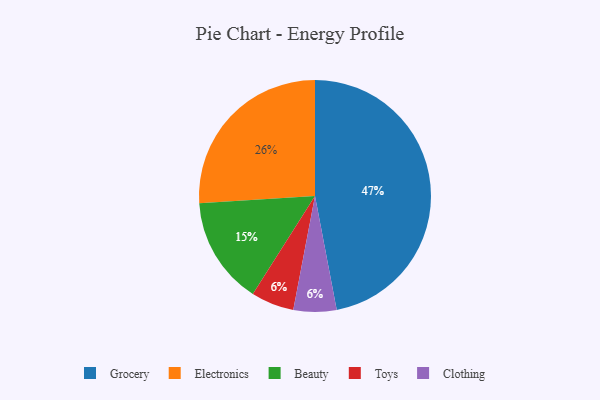
{"axis": {"x": "Category", "y": "Percentage"}, "legend": ["Beauty", "Clothing", "Electronics", "Grocery", "Toys"], "data": [{"x": "Toys", "y": 6, "type": "Toys"}, {"x": "Clothing", "y": 6, "type": "Clothing"}, {"x": "Grocery", "y": 47, "type": "Grocery"}, {"x": "Beauty", "y": 15, "type": "Beauty"}, {"x": "Electronics", "y": 26, "type": "Electronics"}]}